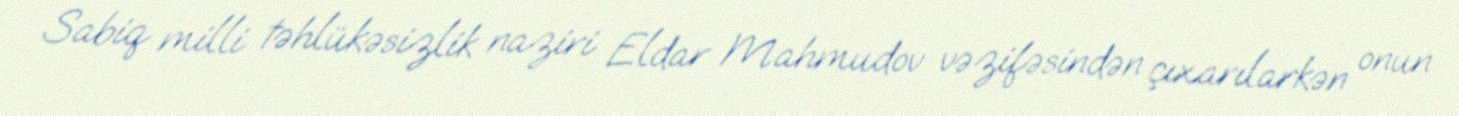
Sabiq milli təhlükəsizlik naziri Eldar Mahmudov vəzifəsindən çıxarılarkən onun